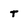
Character: t